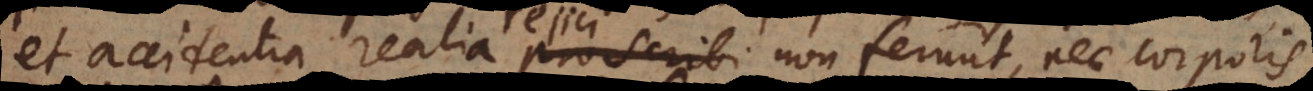
et accidentia realia proscribi non ferunt, nec corporis